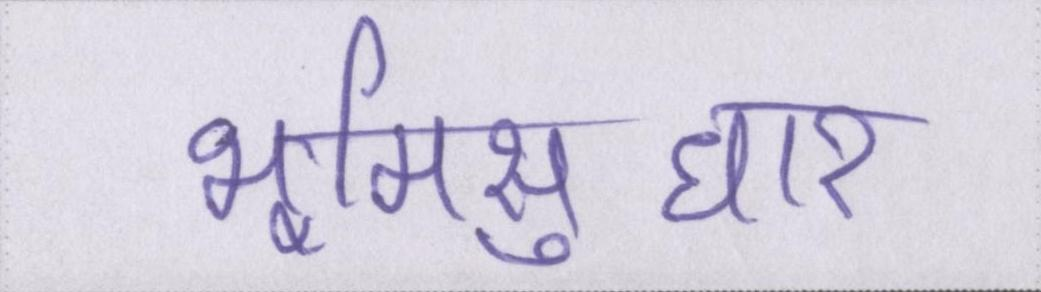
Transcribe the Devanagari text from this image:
भूमिसुधार